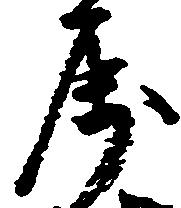
属